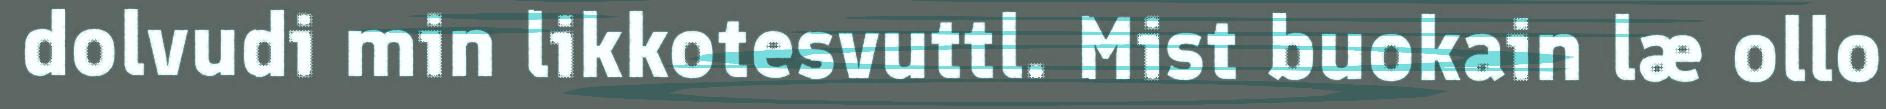
dolvudi min likkotesvuttl. Mist buokain læ ollo